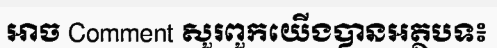
អាច Comment សួរពួកយើងបានអត្ថបទ៖